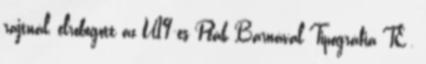
rajtnál, elrobogott az U19-es Peák Barnával Tipográfia TE ,